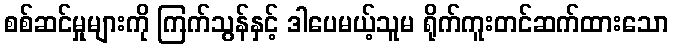
စစ်ဆင်မှုများကို ကြက်သွန်နှင့် ဒါပေမယ့်သူမ ရိုက်ကူးတင်ဆက်ထားသော